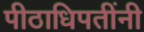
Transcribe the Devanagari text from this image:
पीठाधिपतींनी